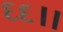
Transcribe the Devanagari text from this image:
६६।।